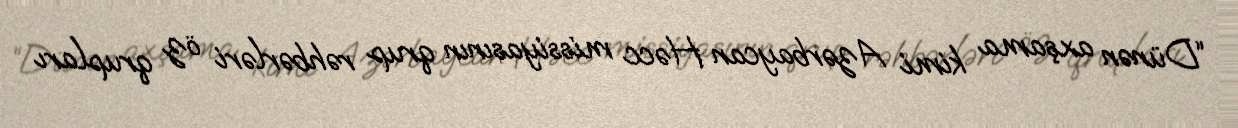
“Dünən axşama kimi Azərbaycan Həcc missiyasının qrup rəhbərləri öz qrupları